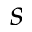
s